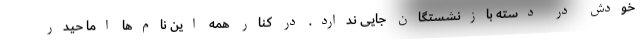
خودش در دسته بازنشستگان جایی ندارد. در کنار همه این نام‌ها اما حیدر